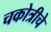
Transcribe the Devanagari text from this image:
चकोत्रीचे